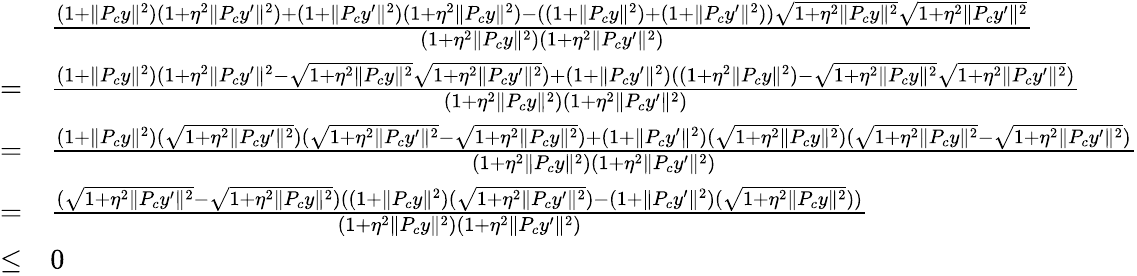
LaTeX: \begin{array}{rl}&{\frac{(1+\| P_{c}y\| ^{2})(1+\eta^{2}\| P_{c}y^{\prime}\| ^{2})+(1+\| P_{c}y^{\prime}\| ^{2})(1+\eta^{2}\| P_{c}y\| ^{2})-((1+\| P_{c}y\| ^{2})+(1+\| P_{c}y^{\prime}\| ^{2}))\sqrt{1+\eta^{2}\| P_{c}y\| ^{2}}\sqrt{1+\eta^{2}\| P_{c}y^{\prime}\| ^{2}}}{(1+\eta^{2}\| P_{c}y\| ^{2})(1+\eta^{2}\| P_{c}y^{\prime}\| ^{2})}}\\ {=}&{\frac{(1+\| P_{c}y\| ^{2})(1+\eta^{2}\| P_{c}y^{\prime}\| ^{2}-\sqrt{1+\eta^{2}\| P_{c}y\| ^{2}}\sqrt{1+\eta^{2}\| P_{c}y^{\prime}\| ^{2}})+(1+\| P_{c}y^{\prime}\| ^{2})((1+\eta^{2}\| P_{c}y\| ^{2})-\sqrt{1+\eta^{2}\| P_{c}y\| ^{2}}\sqrt{1+\eta^{2}\| P_{c}y^{\prime}\| ^{2}})}{(1+\eta^{2}\| P_{c}y\| ^{2})(1+\eta^{2}\| P_{c}y^{\prime}\| ^{2})}}\\ {=}&{\frac{(1+\| P_{c}y\| ^{2})(\sqrt{1+\eta^{2}\| P_{c}y^{\prime}\| ^{2}})(\sqrt{1+\eta^{2}\| P_{c}y^{\prime}\| ^{2}}-\sqrt{1+\eta^{2}\| P_{c}y\| ^{2}})+(1+\| P_{c}y^{\prime}\| ^{2})(\sqrt{1+\eta^{2}\| P_{c}y\| ^{2}})(\sqrt{1+\eta^{2}\| P_{c}y\| ^{2}}-\sqrt{1+\eta^{2}\| P_{c}y^{\prime}\| ^{2}})}{(1+\eta^{2}\| P_{c}y\| ^{2})(1+\eta^{2}\| P_{c}y^{\prime}\| ^{2})}}\\ {=}&{\frac{(\sqrt{1+\eta^{2}\| P_{c}y^{\prime}\| ^{2}}-\sqrt{1+\eta^{2}\| P_{c}y\| ^{2}})((1+\| P_{c}y\| ^{2})(\sqrt{1+\eta^{2}\| P_{c}y^{\prime}\| ^{2}})-(1+\| P_{c}y^{\prime}\| ^{2})(\sqrt{1+\eta^{2}\| P_{c}y\| ^{2}}))}{(1+\eta^{2}\| P_{c}y\| ^{2})(1+\eta^{2}\| P_{c}y^{\prime}\| ^{2})}}\\ {\leq}&{0}\end{array}